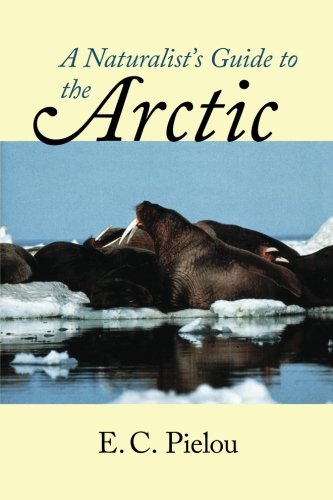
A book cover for A Naturalist's Guide to the Arctic; E. C. Pielou; Travel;